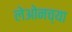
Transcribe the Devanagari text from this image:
लेओनच्या